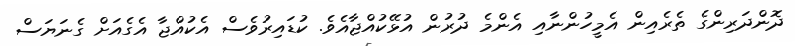
ދޮންދަރިންގެ ތެރެއިން އެމީހުންނާއި އެންމެ ދުރުން އުޅޭކުއްޖާއެވެ. ކުޑައިރުވެސް އެކުއްޖާ އެގެއަށް ގެނަޔަސް